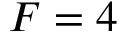
F = 4